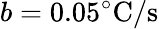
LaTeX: b=0.05^{\circ}\mathrm{C}/\mathrm{s}